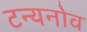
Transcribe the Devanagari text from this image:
टन्यनोव